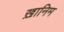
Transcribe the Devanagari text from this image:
ख़ानिम